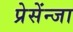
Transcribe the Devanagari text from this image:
प्रेसेंन्जा